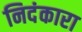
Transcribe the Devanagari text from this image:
निदंकारा